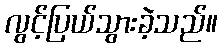
လွင့်ပြယ်သွားခဲ့သည်။